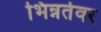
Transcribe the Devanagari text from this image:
भिन्नतेवर